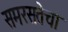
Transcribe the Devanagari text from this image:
समरसतेचा